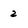
Character: 2